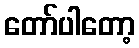
တော်ပါတော့